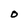
Character: o